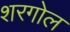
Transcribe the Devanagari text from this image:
शरगोल